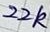
Text: 22k